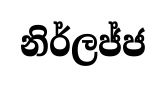
නිර්ලජ්ජ